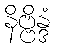
နိဗ္ဗိန္ဒံ